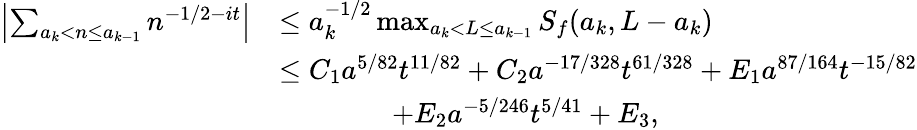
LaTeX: \begin{array}{rl}{\left|\sum_{a_{k}<n\le a_{k-1}}n^{-1/2-it}\right|}&{\le a_{k}^{-1/2}\operatorname*{max}_{a_{k}<L\le a_{k-1}}S_{f}(a_{k},L-a_{k})}\\ &{\le C_{1}a^{5/82}t^{11/82}+C_{2}a^{-17/328}t^{61/328}+E_{1}a^{87/164}t^{-15/82}}\\ &{\qquad\qquad+E_{2}a^{-5/246}t^{5/41}+E_{3},}\end{array}